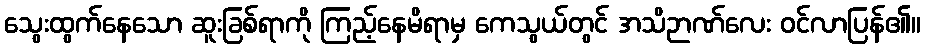
သွေးထွက်နေသော ဆူးခြစ်ရာကို ကြည့်နေမိရာမှ ကေသွယ်တွင် အသိဉာဏ်လေး ဝင်လာပြန်၏။